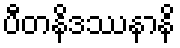
ပီတနိဒဿနာနိ